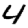
Digit: 4